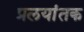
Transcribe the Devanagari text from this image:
प्रलयांतक